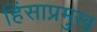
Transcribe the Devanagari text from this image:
हिंसाप्रमुख